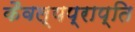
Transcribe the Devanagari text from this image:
कैवल्यप्राप्ति